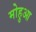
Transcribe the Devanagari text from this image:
मोहुआ